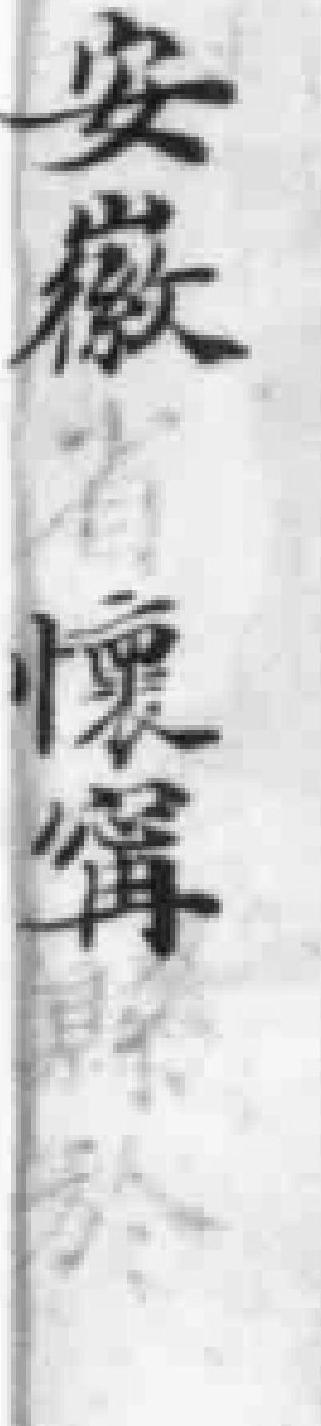
安徽懷甯縣於